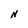
Character: N